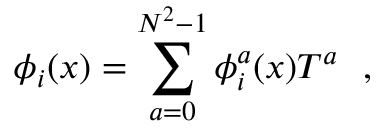
\phi _ { i } ( x ) = \sum _ { a = 0 } ^ { N ^ { 2 } - 1 } \phi _ { i } ^ { a } ( x ) T ^ { a } ~ ~ , ~ ~